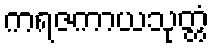
ကရဇကာယသုတ္တံ